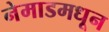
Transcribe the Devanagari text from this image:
नेमाडमधून